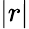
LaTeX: |r|